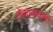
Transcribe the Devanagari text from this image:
केवलग्यानी